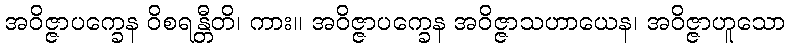
အဝိဇ္ဇာပက္ခေန ဝိစရန္တီတိ၊ ကား။ အဝိဇ္ဇာပက္ခေန အဝိဇ္ဇာသဟာယေန၊ အဝိဇ္ဇာဟူသော